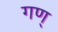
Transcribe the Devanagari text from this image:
गण्